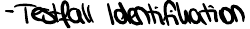
- Testfall Identifikation